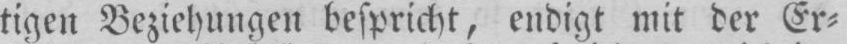
tigen Beziehungen bespricht, endigt mit der Er⸗